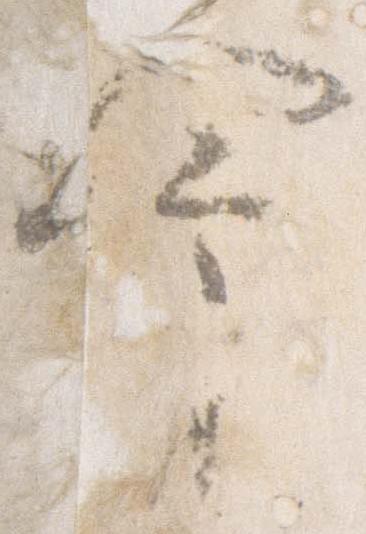
命